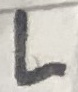
Text: L